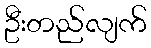
ဦးတည်လျက်